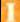
I